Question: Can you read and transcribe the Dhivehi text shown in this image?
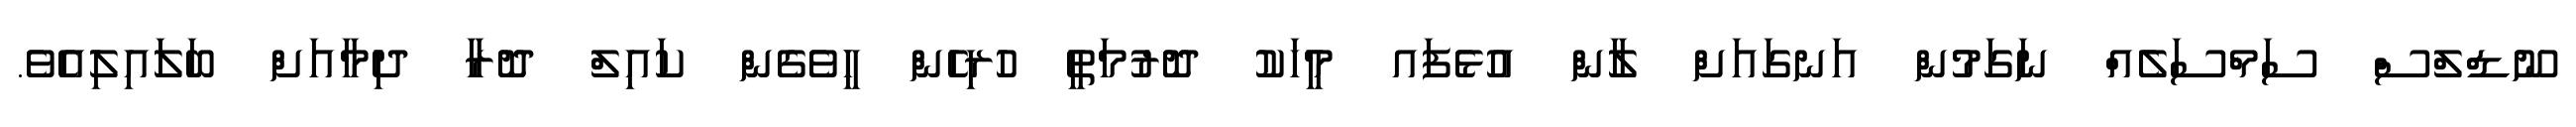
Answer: ނޫޑްލްސް ސަމްސަލެއް ނަގަމުން އަނގައަށް ލާން އުޅެފައ މީހަކު ދޮރުމަތީ ހުރިހެން ހީވެގެން ކައިލް ދޮރާ ދިމާއަށް ބަލައިލިއެވެ.